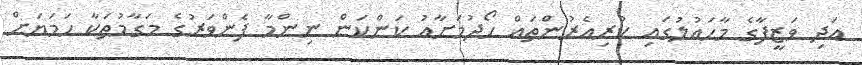
އަދި ވަޒީފާގެ މާހައުލުގައި ކުރިއެރުންތައް ހޯދުމަށާއު ކަންކަން ނިންމާ ފެންވަރުގެ މަގާމުތަކާ ހަމަޔަށް